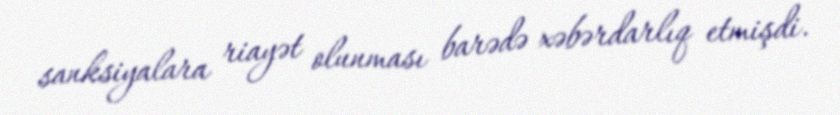
sanksiyalara riayət olunması barədə xəbərdarlıq etmişdi.